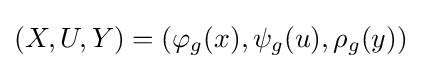
(X,U,Y)=(\varphi _{g}(x),\psi _{g}(u),\rho _{g}(y))